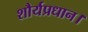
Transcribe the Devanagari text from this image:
शौर्यप्रधान।